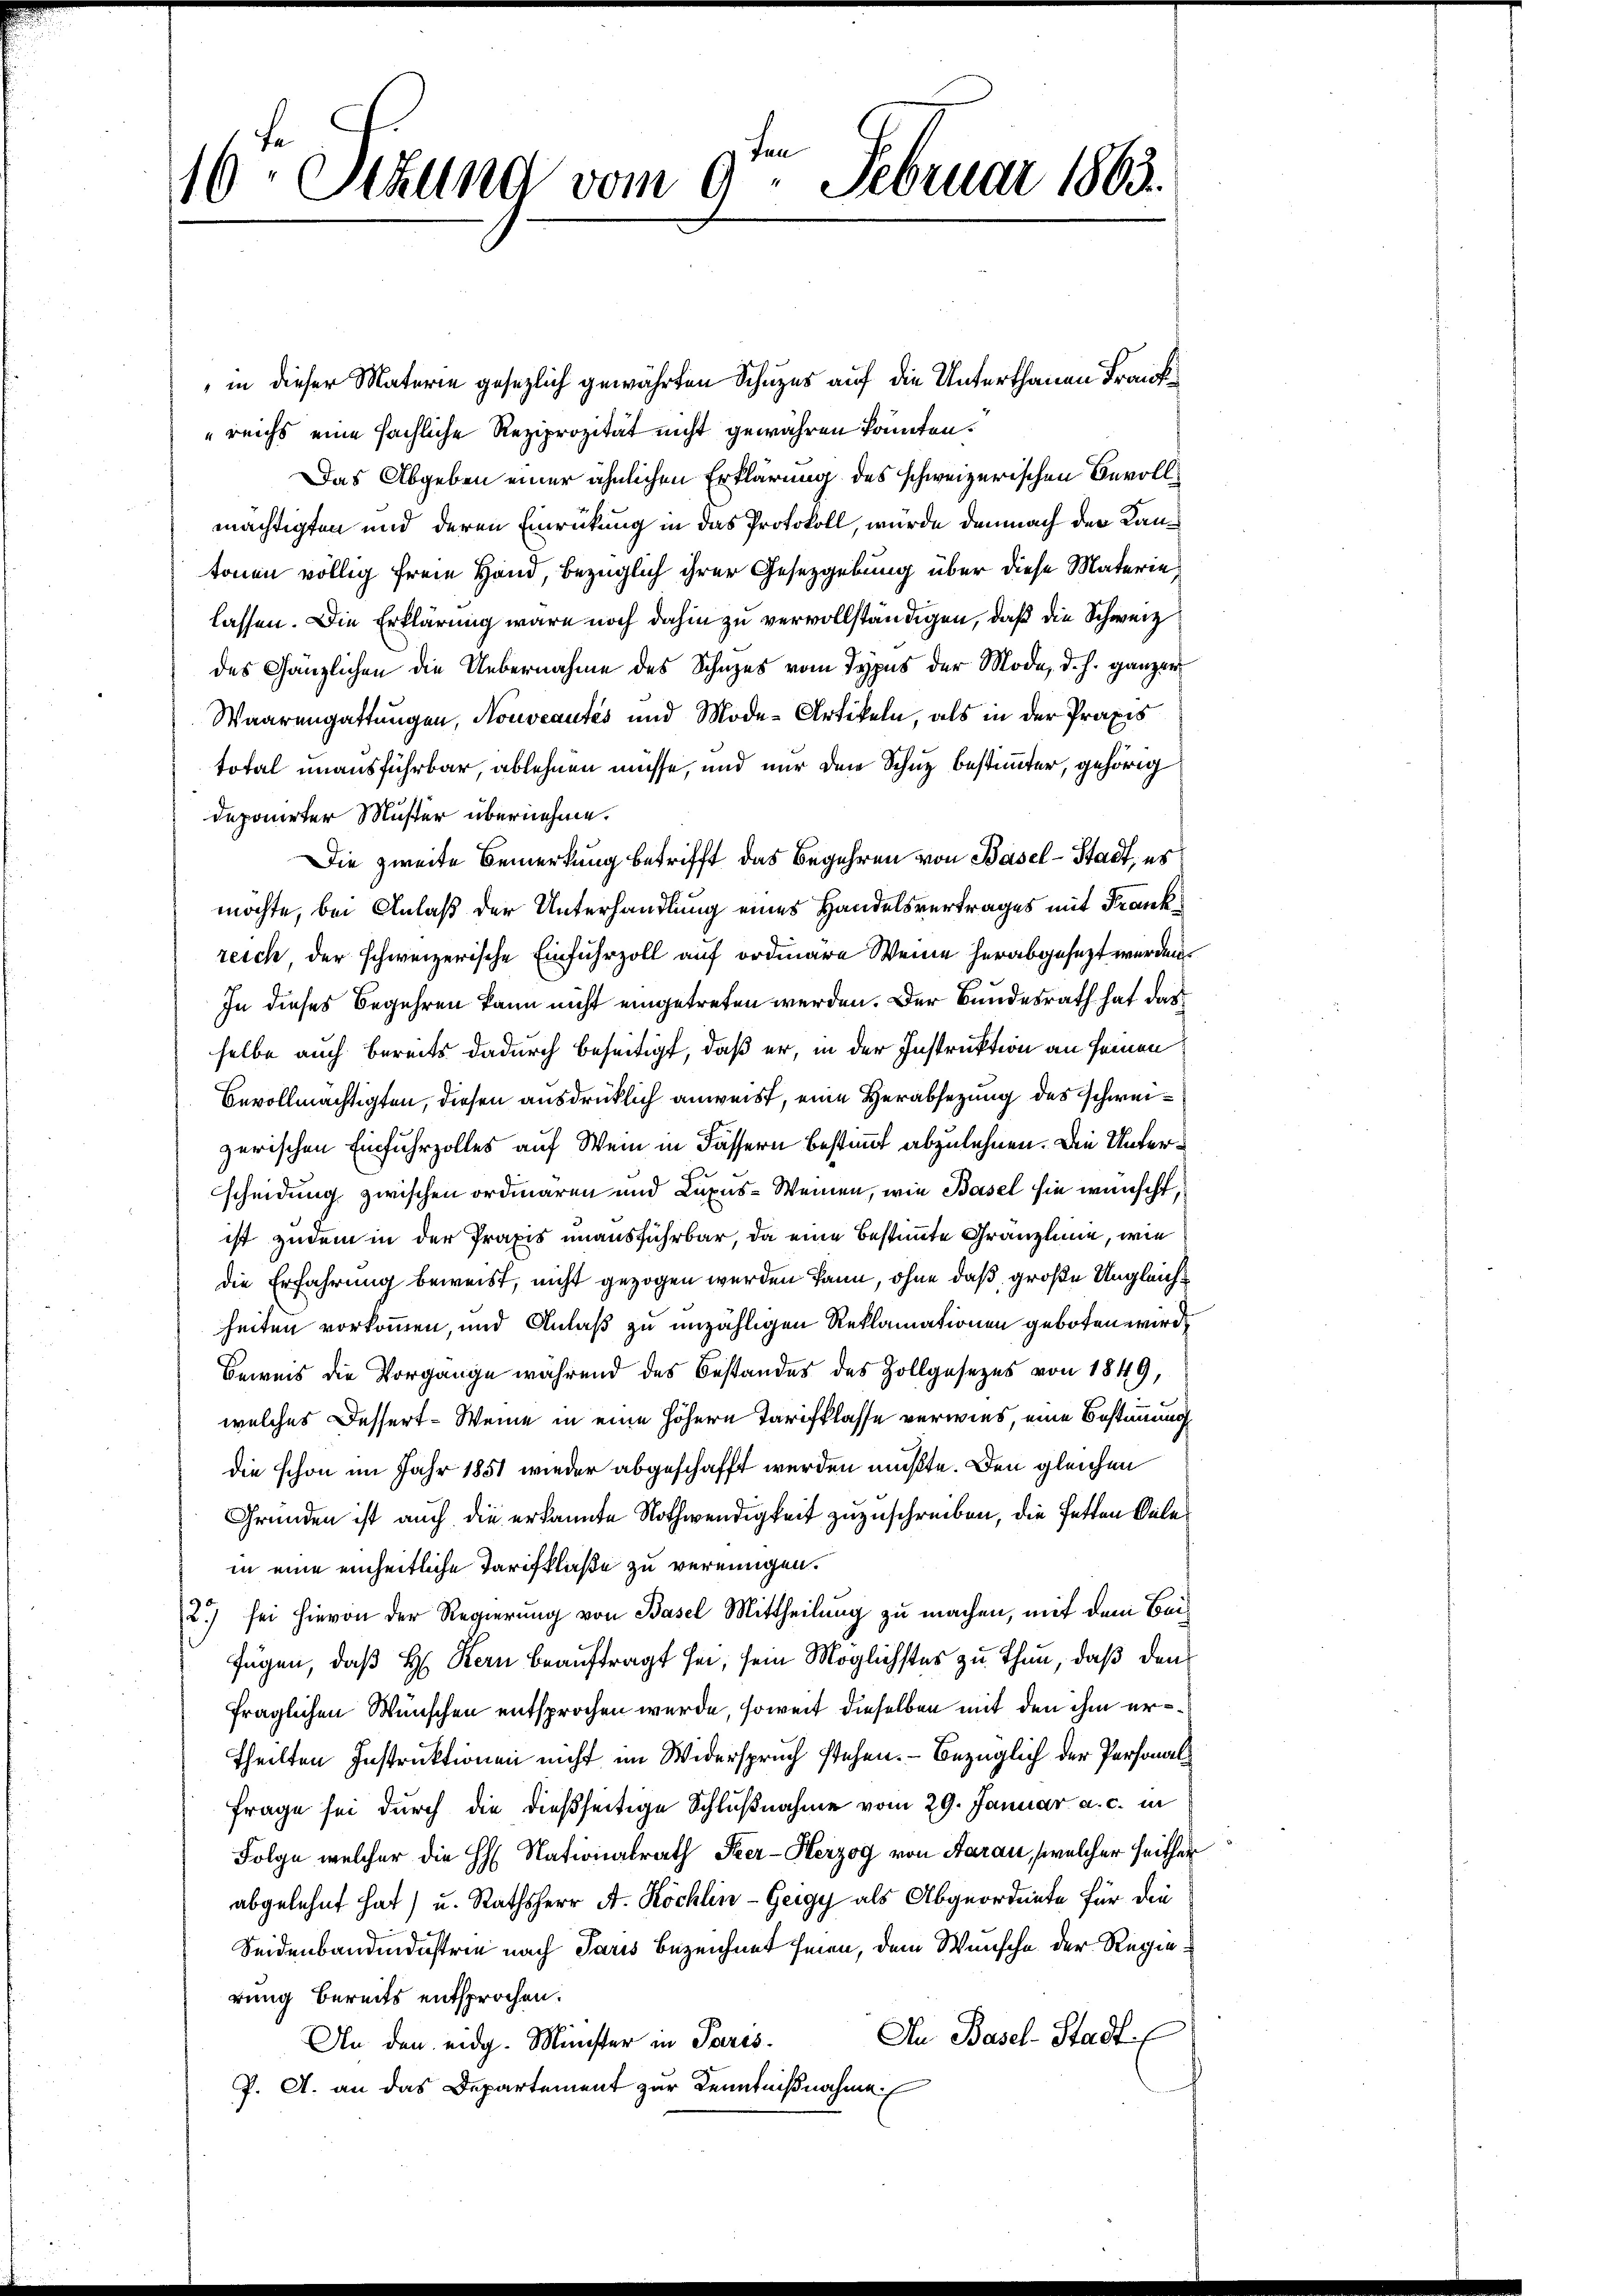
16. Sekund vom 9. Februar 1863.

in dieser Materie gesezlich gewährten Schuzes auf die Unterthanen Frank
reichs eine sächliche Reziprozität nicht gewähren könnten.
Das Abgeben einer ähnlichen Erklärung des schweizerischen Bevollmächtigten und deren Einrückung in das Protokoll, wurde demnach der Kantonen völlig freie Hand, bezüglich ihrer Gesetzgebung über diese Materie
lassen. Die Erklärung wäre noch dahin zu vervollständigen, daß die Schweiz
des Gänzlichen die Uebernahme des Schuzes vom Typus der Mode, d. h. ganzen
Waarengattungen, Nouveautés und Mode-Artikeln, als in der Praxis
total unausführbar, ablehnen müsse, und nur den Schuz bestimmter, gehörig
deponirter Muster übernehme.
Die zweite Bemerkung betrifft das Begehren von Basel-Stadt, es
möchte, bei Anlaß der Unterhandlung eines Handelsvertrages mit Frankreich der schweizerische Einfuhrzoll auf ordiare Weine herabgesezt werden.
In dieses Begehren kann nicht eingetreten werden. Der Bundesrath hat das
selbe auch bereits dadurch beseitigt, daß er, in der Instruktion an seinen
Bevollmächtigten, diesen ausdrücklich anweist, eine Herabsetzung des Schweizerischen Einfuhrzolles auf Wein in Fassern bestimmt abzulehnen. Die Unterscheidung zwischen ordiaren und Luxus-Weinen, wie Basel sie wünscht,
ist zudem in der Praxis unausführbar, da eine bestimmte Granzleine, wie
die Erfahrung beweist, nicht gezogen werden kann, ohne daß große Ungleichheiten vorkommen, und Anlaß zu unzähligen Reklamationen geboten wird,
Beweis die Vorgange während des Bestandes des Zollgesezes von 1849,
welches Dessert-Weine in eine höhern Tarifklasse verwies, eine Bestimmung
die schon im Jahr 1851 wieder abgeschafft werden mußte. Den gleichen
Gründen ist auch die erkannte Nothwendigkeit zuzuschreiben, die Fetten Bele
in eine einheitliche Tarifklaße zu vereinigen.
2) sei hievon der Regierung von Basel Mittheilung zu machen, mit dem Beifügen, daß H. Kern beauftragt sei, sein Möglichstes zu thun, daß den
fraglichen Wünschen entsprochen werde, soweit dieselben mit den ihm er¬
Theilten Instruktionen nicht im Widerspruch stehen. — Bezüglich der Personal¬
Frage sei durch die dießseitige Schlußnahme vom 29. Januar a. c. in
Folge welcher die H. Nationalrath Szer-Herzog von Aarau, welcher seithen
abgelehnt hat) u. Rathsherr A. Köchlin-Geigy als Abgeordnete für die
Seidenbandendustrie nach Paris bezeichnet seien, dem Wünsche der Regierung bereits entsprochen.
In Basel-Stadt
An den eidg. Minister in Paris
P. A. an das Departement zur Kenntnißnahme